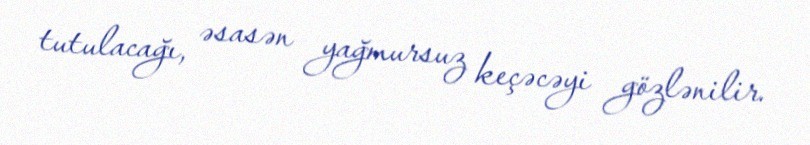
tutulacağı, əsasən yağmursuz keçəcəyi gözlənilir.